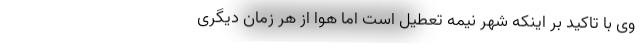
وی با تاکید بر اینکه شهر نیمه تعطیل است اما هوا از هر زمان دیگری